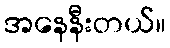
အနေနီးတယ်။